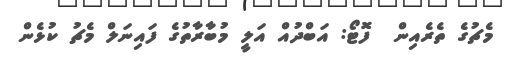
މެޗުގެ ތެރެއިން  ފޮޓޯ: އަބްދުއް އަލީ މުބާރާތުގެ ފައިނަލް މެޗު ކުޅެން